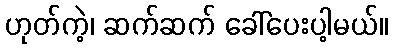
ဟုတ်ကဲ့၊ ဆက်ဆက် ခေါ်ပေးပါ့မယ်။